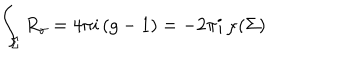
\int _ { \Sigma } R _ { \gamma } = 4 \pi i \, ( g - 1 ) = - 2 \pi i \, \chi ( \Sigma )